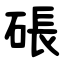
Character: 䂻